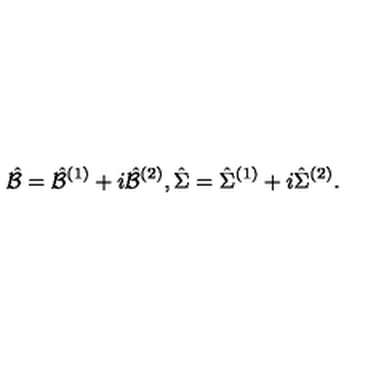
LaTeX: \hat { \cal B } = \hat { \cal B } ^ { ( 1 ) } + i \hat { \cal B } ^ { ( 2 ) } , \hat { \Sigma } = \hat { \Sigma } ^ { ( 1 ) } + i \hat { \Sigma } ^ { ( 2 ) } .